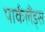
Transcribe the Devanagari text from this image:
पार्कलैंड्स